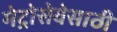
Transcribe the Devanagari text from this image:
मेट्रोसेवेसाठी